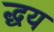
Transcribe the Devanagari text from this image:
द्धय